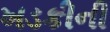
ખડકીની